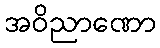
အဝိညာဏော